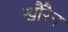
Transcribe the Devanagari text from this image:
खौरैन